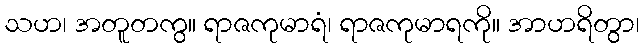
သဟ၊ အတူတကွ။ ရာဇကုမာရံ၊ ရာဇကုမာရကို။ အာဟရိတွာ၊